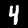
Label: 4